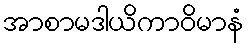
အာစာမဒါယိကာဝိမာနံ